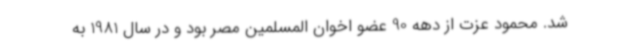
شد. محمود عزت از دهه 90 عضو اخوان المسلمین مصر بود و در سال 1981 به